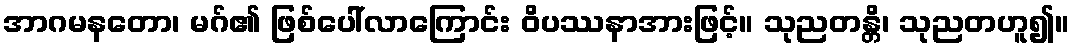
အာဂမနတော၊ မဂ်၏ ဖြစ်ပေါ်လာကြောင်း ဝိပဿနာအားဖြင့်။ သုညတန္တိ၊ သုညတဟူ၍။